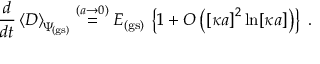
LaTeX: \frac { d } { d t } \left\langle D \right\rangle _ { \scriptstyle \! \Psi _ { \mathrm { \! { \scriptscriptstyle ( g s ) } } } } \stackrel { ( a \rightarrow 0 ) } { = } E _ { \mathrm { ( g s ) } } \, \left\{ 1 + O \left( \left[ \kappa a \right] ^ { 2 } \ln [ \kappa a ] \right) \right\} \; .